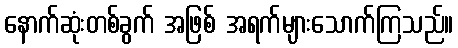
နောက်ဆုံးတစ်ခွက် အဖြစ် အရက်များသောက်ကြသည်။